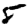
Digit: 5